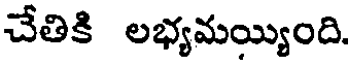
చేతికి లభ్యమయ్యింది.